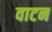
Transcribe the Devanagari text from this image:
वाटन